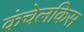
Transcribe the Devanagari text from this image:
कंचेलकिस